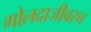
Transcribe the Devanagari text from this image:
गोलदाजीवरच